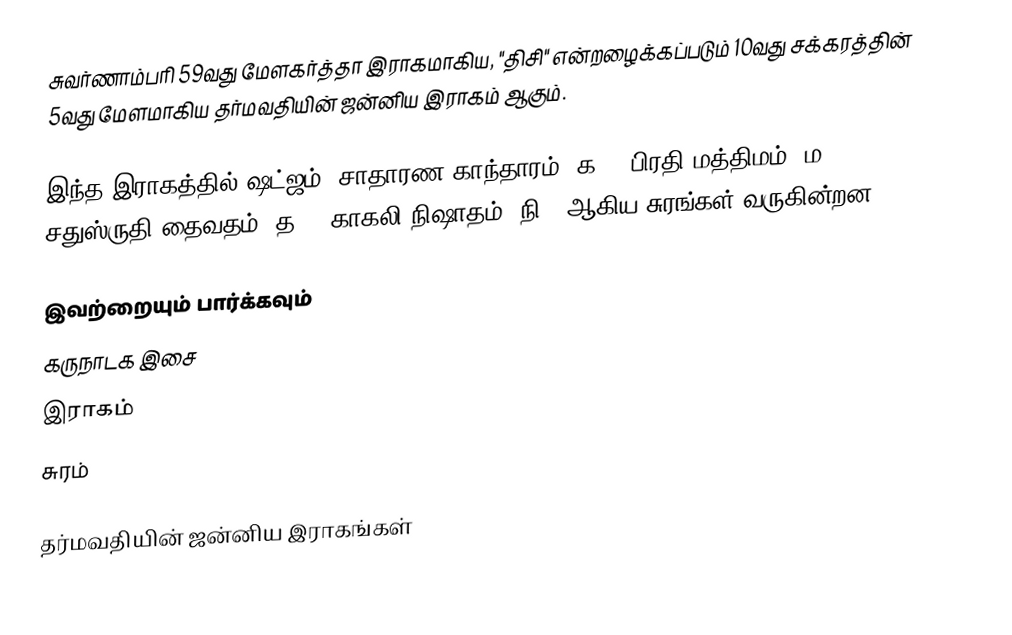
சுவர்ணாம்பரி 59வது மேளகர்த்தா இராகமாகிய, "திசி" என்றழைக்கப்படும் 10வது சக்கரத்தின் 5வது மேளமாகிய தர்மவதியின் ஜன்னிய இராகம் ஆகும்.

இந்த இராகத்தில் ஷட்ஜம், சாதாரண காந்தாரம் (க2), பிரதி மத்திமம் (ம2), சதுஸ்ருதி தைவதம் (த2), காகலி நிஷாதம்  (நி3) ஆகிய சுரங்கள் வருகின்றன.

இவற்றையும் பார்க்கவும்
 கருநாடக இசை
 இராகம்
 சுரம்

தர்மவதியின் ஜன்னிய இராகங்கள்